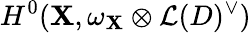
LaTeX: H^{0}(\mathbf{X},\omega_{\mathbf{X}}\otimes{\mathcal{{L}}}(D)^{\vee})